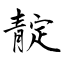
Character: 靛